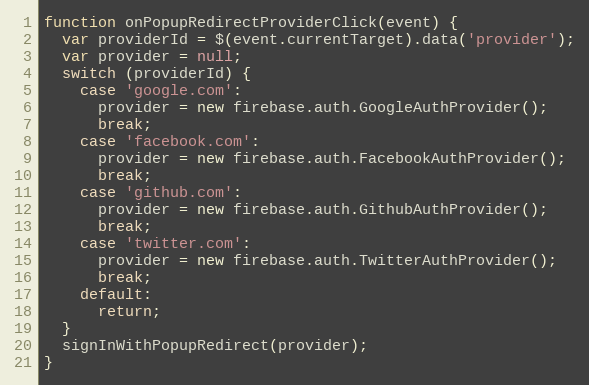
Language: JavaScript
function onPopupRedirectProviderClick(event) {
  var providerId = $(event.currentTarget).data('provider');
  var provider = null;
  switch (providerId) {
    case 'google.com':
      provider = new firebase.auth.GoogleAuthProvider();
      break;
    case 'facebook.com':
      provider = new firebase.auth.FacebookAuthProvider();
      break;
    case 'github.com':
      provider = new firebase.auth.GithubAuthProvider();
      break;
    case 'twitter.com':
      provider = new firebase.auth.TwitterAuthProvider();
      break;
    default:
      return;
  }
  signInWithPopupRedirect(provider);
}